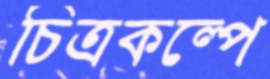
চিত্রকল্পে